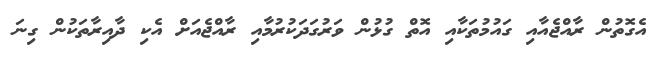
އެގޮތުން ރާއްޖެއާއި ގައުމުތަކާއި އޮތް ގުޅުން ވަރުގަދަކުރުމާއި ރާއްޖެއަށް އެކި ދާއިރާތަކުން ގިނަ